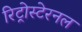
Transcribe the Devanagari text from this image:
रिट्रोस्टेरनल